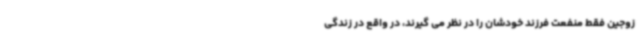
زوجین فقط منفعت فرزند خودشان را در نظر می گیرند، در واقع در زندگی